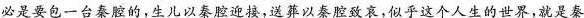
必是要包一台秦腔的,生儿以秦腔迎接，送葬以秦腔致哀,似乎这个人生的世界,就是奏